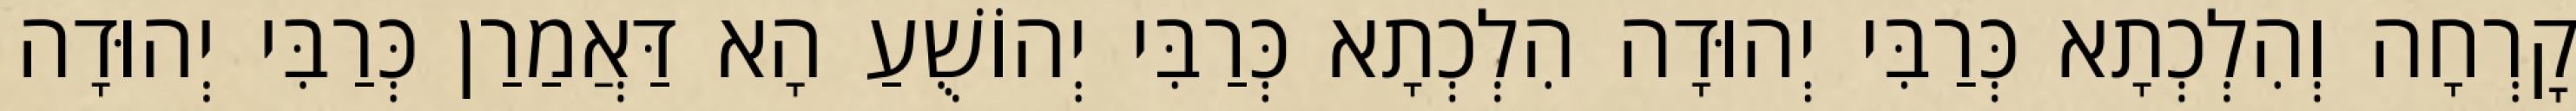
קׇרְחָה וְהִלְכְתָא כְּרַבִּי יְהוּדָה הִלְכְתָא כְּרַבִּי יְהוֹשֻׁעַ הָא דַּאֲמַרַן כְּרַבִּי יְהוּדָה